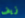
زيف